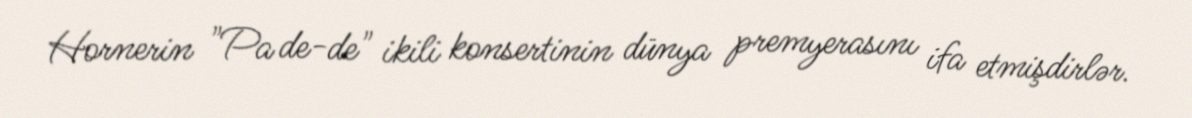
Hornerin "Pa de-de" ikili konsertinin dünya premyerasını ifa etmişdirlər.